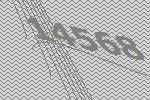
14568